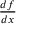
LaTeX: \textstyle { \frac { d f } { d x } }